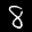
Label: 8